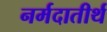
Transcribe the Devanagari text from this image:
नर्मदातीर्थ